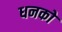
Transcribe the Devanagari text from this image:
धनको